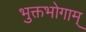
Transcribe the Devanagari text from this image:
भुक्तभोगाम्‌